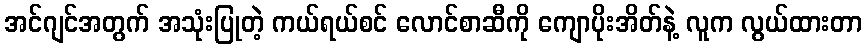
အင်ဂျင်အတွက် အသုံးပြုတဲ့ ကယ်ရယ်စင် လောင်စာဆီကို ကျောပိုးအိတ်နဲ့ လူက လွယ်ထားတာ